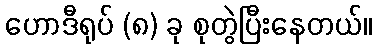
ဟောဒီရုပ် (၈) ခု စုတွဲပြီးနေတယ်။